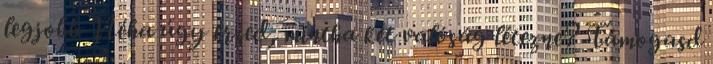
legjobb Néha úgy érzed, mintha két valóság létezne? Támogasd